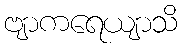
ဗျာကရေယျာသိ